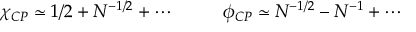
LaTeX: \chi _ { C P } \simeq 1 / 2 + N ^ { - 1 / 2 } + \cdots ~ ~ ~ ~ ~ ~ ~ ~ \phi _ { C P } \simeq N ^ { - 1 / 2 } - N ^ { - 1 } + \cdots